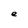
Character: e